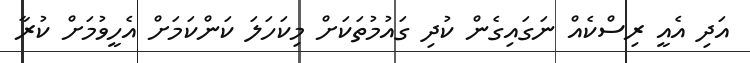
އަދި އެއީ ރިސްކެއް ނަގައިގެން ކުދި ގައުމުތަކަށް މިކަހަލަ ކަންކަމަށް އެހީވުމަށް ކުރާ